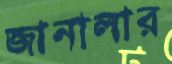
জানালার